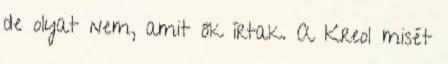
de olyat nem, amit ők írtak. A Kreol misét